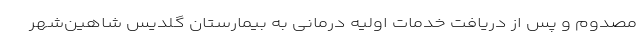
مصدوم و پس از دریافت خدمات اولیه درمانی به بیمارستان گلدیس شاهین‌شهر